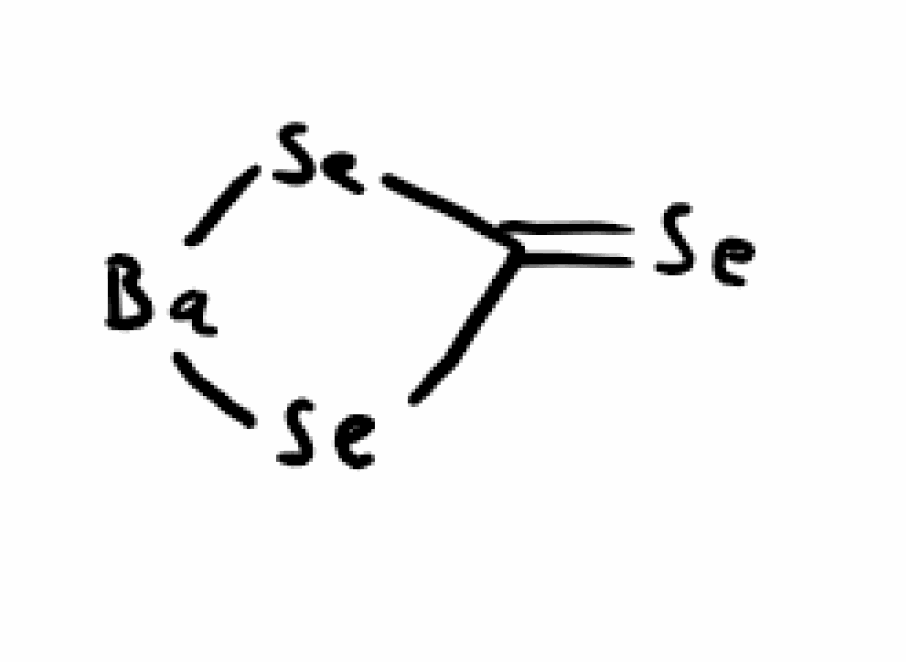
Simplified molecular-input line-entry system (SMILES) notation of the given molecule:
C1(=[Se])[Se][Ba][Se]1